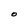
Character: O